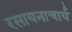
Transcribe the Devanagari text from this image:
रसायनाचार्य